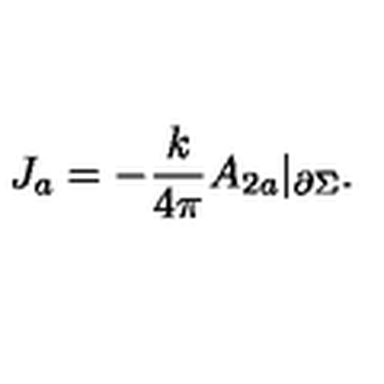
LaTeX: J _ { a } = - \frac { k } { 4 \pi } A _ { 2 a } | _ { \partial \Sigma } .